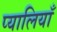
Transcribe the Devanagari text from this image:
प्यालियाँ